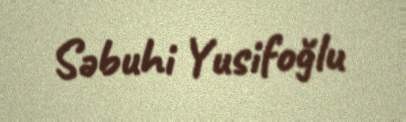
Səbuhi Yusifoğlu